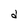
Character: d